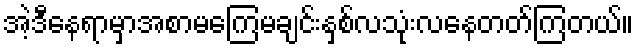
အဲ့ဒီနေရာမှာအစာမကြေမချင်းနှစ်လသုံးလနေတတ်ကြတယ်။